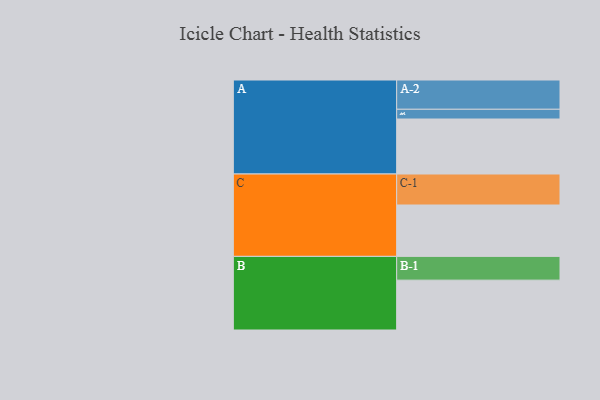
{"axis": {"x": "Segment", "y": "Value"}, "legend": ["", "A", "B", "C"], "data": [{"x": "A", "y": 440, "type": ""}, {"x": "B", "y": 399, "type": ""}, {"x": "C", "y": 411, "type": ""}, {"x": "A-1", "y": 78, "type": "A"}, {"x": "A-2", "y": 234, "type": "A"}, {"x": "B-1", "y": 190, "type": "B"}, {"x": "C-1", "y": 248, "type": "C"}]}